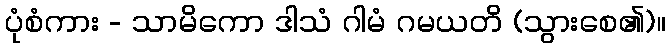
ပုံစံကား - သာမိကော ဒါသံ ဂါမံ ဂမယတိ (သွားစေ၏)။